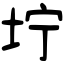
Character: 坾